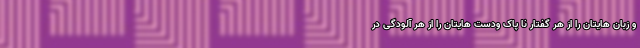
و زبان هایتان را از هر گفتار نا پاک ودست هایتان را از هر آلودگی در